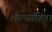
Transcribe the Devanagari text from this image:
शंगमसंहिता